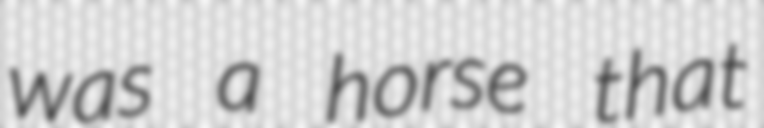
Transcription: was a horse that